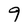
Character: 9